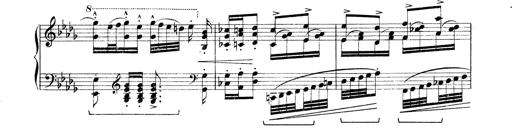
Title: Rapsodie: 19 ungheresi, 1 spagnuola
Composer: Franz Liszt